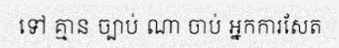
ទៅ គ្មាន ច្បាប់ ណា ចាប់ អ្នកការសែត